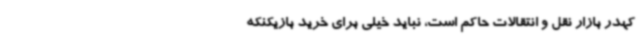
کهدر بازار نقل و انتقالات حاکم است، نباید خیلی برای خرید بازیکنکه